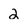
Character: 2